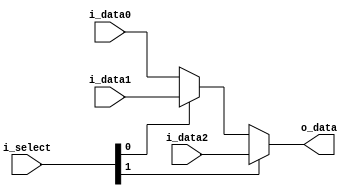
module mux3to1_32bit (o_data, i_data0, i_data1, i_data2, i_select);

  input [31:0]i_data0;
  input [31:0]i_data1;
  input [31:0]i_data2;
  input [1:0]i_select;
  
  output [31:0]o_data;
  
  assign o_data = (i_select[1]) ? i_data2 : ((i_select[0]) ? i_data1 : i_data0);

endmodule